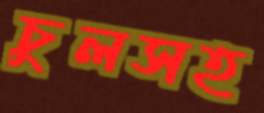
চুলসহ